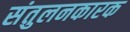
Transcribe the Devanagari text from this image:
संतुलनकारक